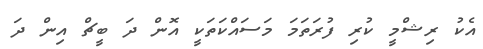
އެކު ރިޝްމީ ކުރި ފުރަތަމަ މަސައްކަތަކީ އޮން ދަ ބީޗް އިން ދަ